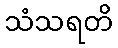
သံသရတိ